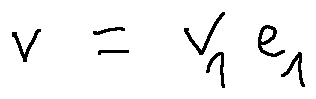
v = v _ { i } e _ { i }